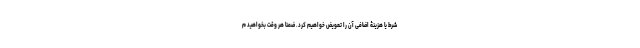
شرط یا هزینۀ اضافی آن را تعویض خواهیم کرد. ضمناً هر وقت بخواهید م